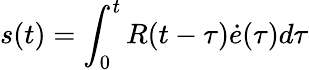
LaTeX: s(t)=\int_{0}^{t}R(t-\tau)\dot{e}(\tau)d\tau